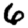
Digit: 6